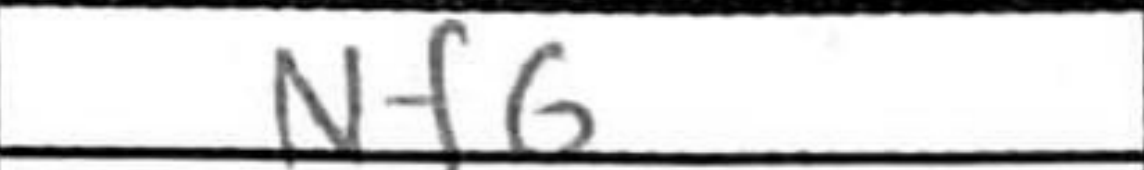
Transcription: Nf6